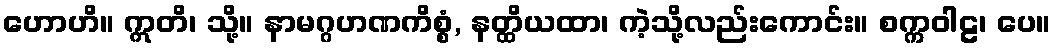
ဟောဟိ။ ဣတိ၊ သို့။ နာမဂ္ဂဟဏကိစ္စံ, နတ္ထိယထာ၊ ကဲ့သို့လည်းကောင်း။ စက္ကဝါဠ၊ ပေ။